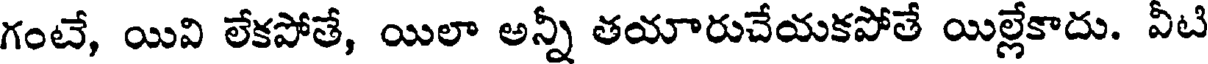
గంటే, యివి లేకపోతే, యిలా అన్నీ తయారుచేయకపోతే యిల్లేకాదు. వీటి